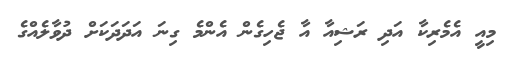
މިއީ އެމެރިކާ އަދި ރަޝިއާ އާ ޖެހިގެން އެންމެ ގިނަ އަދަދަކަށް ދުވާލެއްގެ